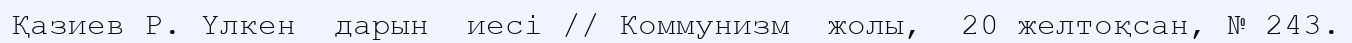
Қазиев Р. Үлкен  дарын  иесі // Коммунизм  жолы,  20 желтоқсан, № 243.